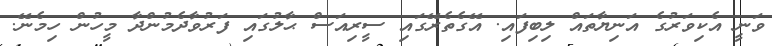
ވަނީ އެކިވަރުގެ އަނިޔާތައް ލިބިފައި. އޭގެތެރޭގައި ސީރިއަސް ޙާލުގައި ފަރުވާދެމުންދާ މީހުން ހިމެނޭ.